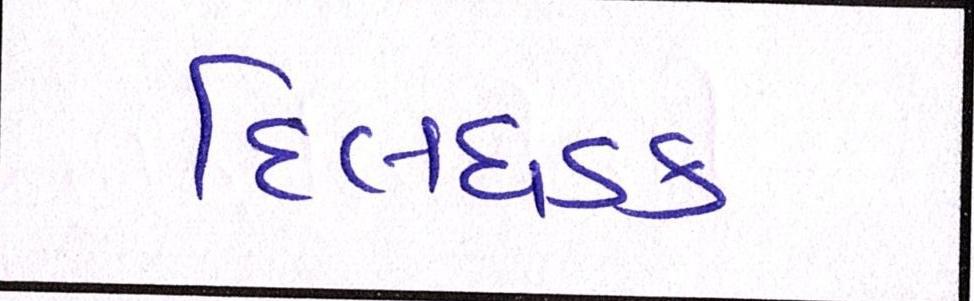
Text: દિલધડક